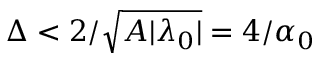
\Delta < 2 / \sqrt { A | \lambda _ { 0 } | } = 4 / \alpha _ { 0 }